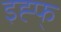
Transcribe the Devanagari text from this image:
इह्फ्